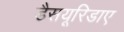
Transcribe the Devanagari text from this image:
डैसयूरिडाए